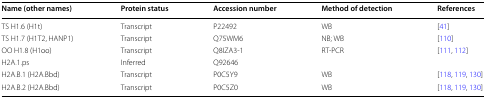
<table><thead><tr><td><b>Name (other names)</b></td><td><b>Protein status</b></td><td><b>Accession number</b></td><td><b>Method of detection</b></td><td><b>References</b></td></tr></thead><tbody><tr><td>TS H1.6 (H1t)</td><td>Transcript</td><td>P22492</td><td>WB</td><td>[41]</td></tr><tr><td>TS H1.7 (H1T2, HANP1)</td><td>Transcript</td><td>Q75WM6</td><td>NB; WB</td><td>[110]</td></tr><tr><td>OO H1.8 (H1oo)</td><td>Transcript</td><td>Q8IZA3-1</td><td>RT-PCR</td><td>[111, 112]</td></tr><tr><td>H2A.1.ps</td><td>Inferred</td><td>Q92646</td><td>[EMPTY_CELL]</td><td>[EMPTY_CELL]</td></tr><tr><td>H2A.B.1 (H2A.Bbd)</td><td>Transcript</td><td>P0C5Y9</td><td>WB</td><td>[118, 119, 130]</td></tr><tr><td>H2A.B.2 (H2A.Bbd)</td><td>Transcript</td><td>P0C5Z0</td><td>WB</td><td>[118, 119, 130]</td></tr></tbody></table>